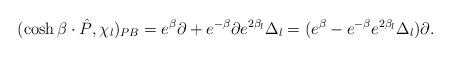
LaTeX: \begin{align*} (\cosh\beta\cdot \hat{P}, \chi _l)_{PB}=e^\beta\partial+e^{-\beta}\partial e^{2\beta_l}\Delta_l =(e^\beta-e^{-\beta}e^{2\beta_l}\Delta_l)\partial.\end{align*}